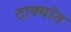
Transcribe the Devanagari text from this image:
टाक्यांत